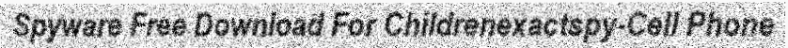
Spyware Free Download For Childrenexactspy-Cell Phone